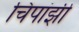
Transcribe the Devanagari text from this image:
चिपांझी